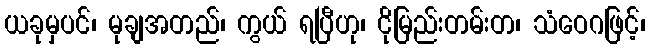
ယခုမှပင်၊ မုချအတည်၊ ကွယ် ရပြီဟု၊ ငိုမြည်းတမ်းတ၊ သံဝေဂဖြင့်၊